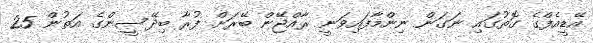
އޭޑީއެފްގެ ގޮތުގައި ނަގަން ނިންމާފައިވަނީ ރާއްޖޭން ބޭރަށް ފުރާ ބިދޭސީންގެ އަތުން 25